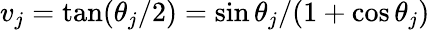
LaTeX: v_{j}=\tan(\theta_{j}/2)=\sin\theta_{j}/(1+\cos\theta_{j})